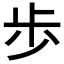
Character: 歩